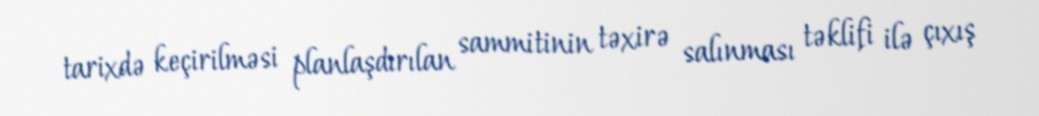
tarixdə keçirilməsi planlaşdırılan sammitinin təxirə salınması təklifi ilə çıxış